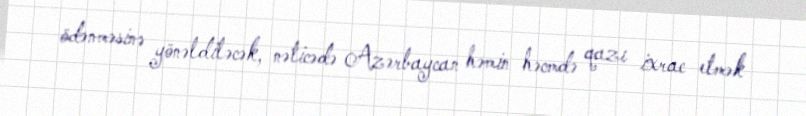
ödənməsinə yönəldiləcək, nəticədə Azərbaycan həmin həcmdə qazı ixrac etmək